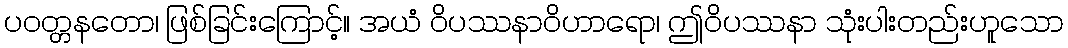
ပဝတ္တနတော၊ ဖြစ်ခြင်းကြောင့်။ အယံ ဝိပဿနာဝိဟာရော၊ ဤဝိပဿနာ သုံးပါးတည်းဟူသော